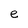
Character: e